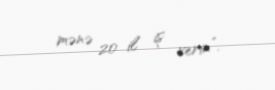
mənə 20 il iş verin”.